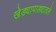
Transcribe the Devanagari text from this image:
खेड्यापाड्यातले